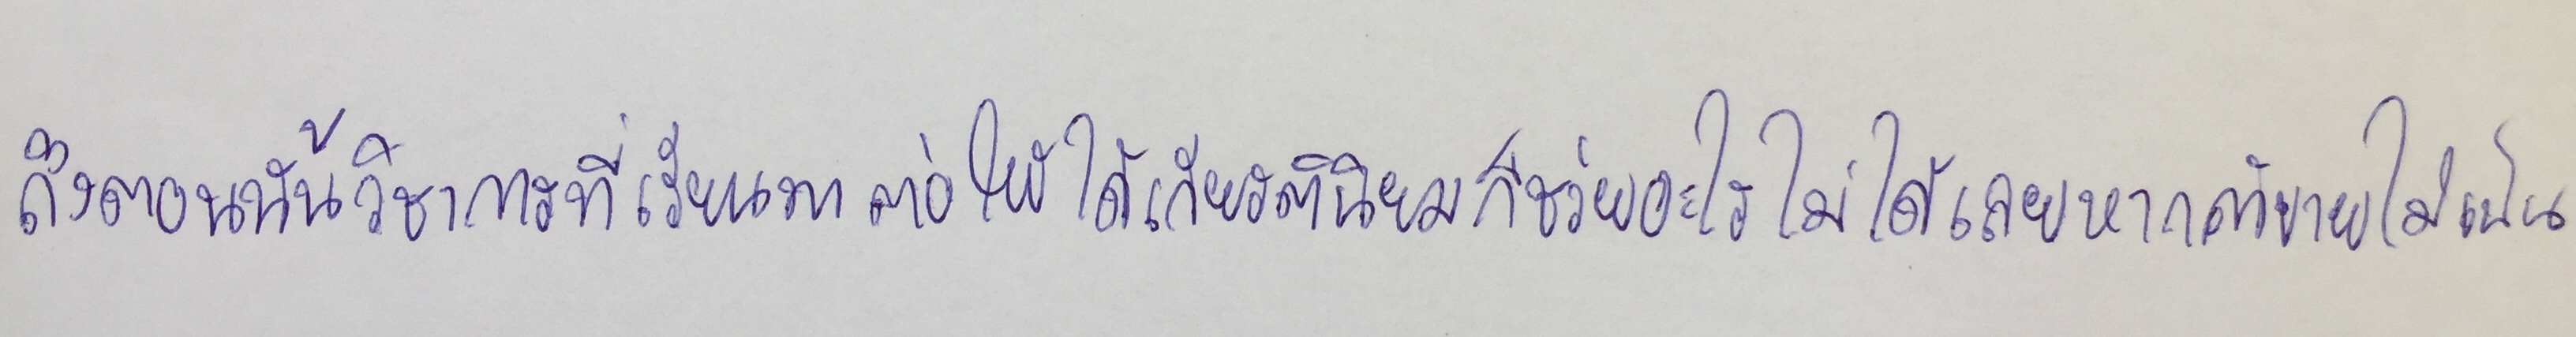
ถึงตอนนั้นวิชาการที่เรียนมาต่อให้ได้เกียรตินิยมก็ช่วยอะไรไม่ได้เลยหากค้าขายไม่เป็น